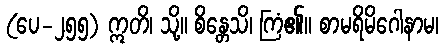
(ပေ-၂၅၅) ဣတိ၊ သို့။ စိန္တေသိ၊ ကြံ၏။ စာမရိမိဂေါနာမ၊